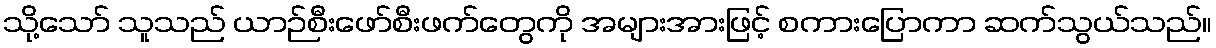
သို့သော် သူသည် ယာဉ်စီးဖော်စီးဖက်တွေကို အများအားဖြင့် စကားပြောကာ ဆက်သွယ်သည်။